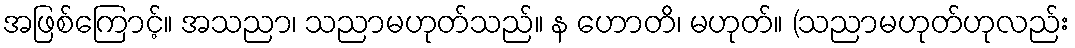
အဖြစ်ကြောင့်။ အသညာ၊ သညာမဟုတ်သည်။ န ဟောတိ၊ မဟုတ်။ (သညာမဟုတ်ဟုလည်း